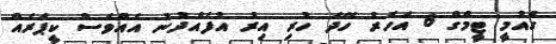
ގަެއުމީ ޓީމްގް 6 އަހަރު ހޭދަ ހުރި އިރު އުފެއްދުނު އެއްވެސް ކީޕަރެއް